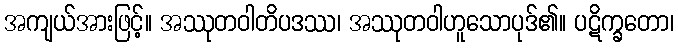
အကျယ်အားဖြင့်။ အဿုတဝါတိပဒဿ၊ အဿုတဝါဟူသောပုဒ်၏။ ပဋိက္ခတော၊